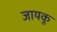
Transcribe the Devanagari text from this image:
जायकू